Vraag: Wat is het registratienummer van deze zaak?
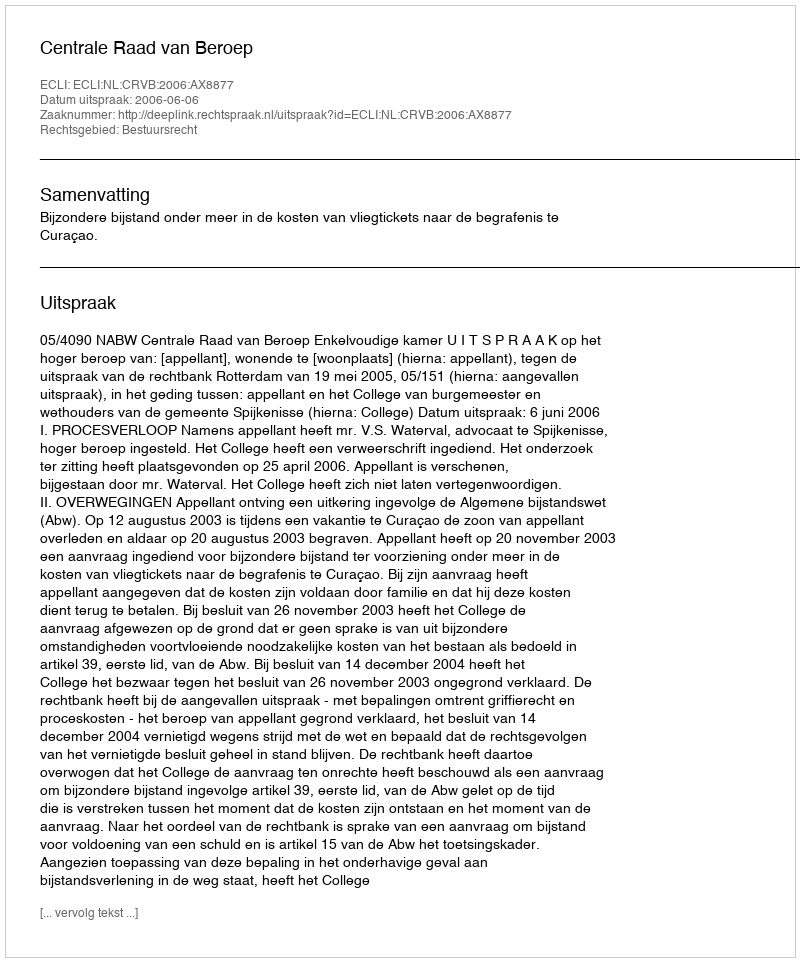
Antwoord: http://deeplink.rechtspraak.nl/uitspraak?id=ECLI:NL:CRVB:2006:AX8877